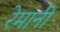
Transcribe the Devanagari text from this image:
रेमानी